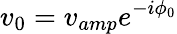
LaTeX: v_{0}=v_{amp}e^{-i\phi_{0}}